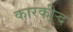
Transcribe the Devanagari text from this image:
कारकीऱ्र्द